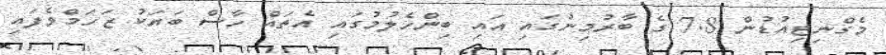
މެގްނިޓިއުޑުން 7.8 ގެ ބާރުމިނުގައި އައި ބިންހެލުމުގައި އެތައް ހާސް ބަޔަކު ޒަހަމްވެފައި